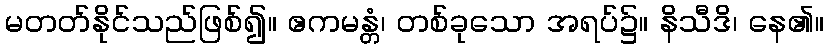
မတတ်နိုင်သည်ဖြစ်၍။ ဧကမန္တံ၊ တစ်ခုသော အရပ်၌။ နိသီဒိ၊ နေ၏။